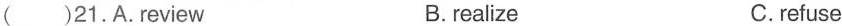
( )21.A.review B.realize C.refuse